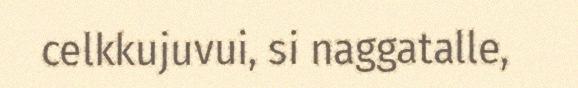
celkkujuvui, si naggatalle,